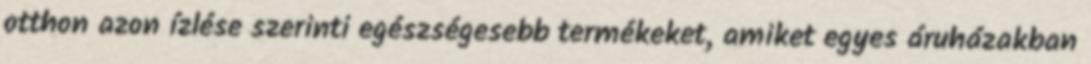
otthon azon ízlése szerinti egészségesebb termékeket, amiket egyes áruházakban